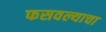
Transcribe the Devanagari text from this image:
फसवल्याचा